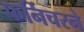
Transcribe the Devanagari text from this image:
फर्निचरने